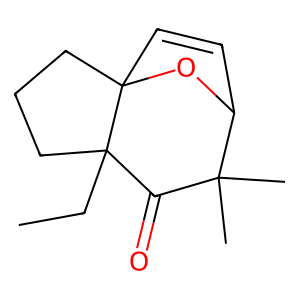
SMILES: CCC12CCCC13C=CC(O3)C(C)(C)C2=O
Inhibits HIV replication: No